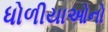
ધોળીયાઓનો